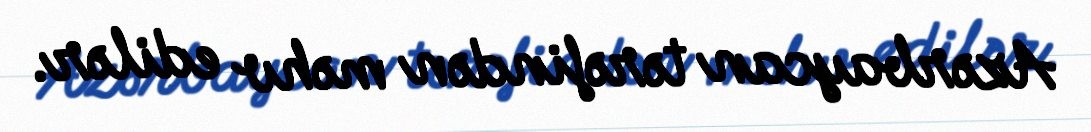
Azərbaycan tərəfindən məhv edilər.